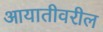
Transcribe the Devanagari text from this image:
आयातीवरील